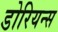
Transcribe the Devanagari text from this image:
डोरियन्स